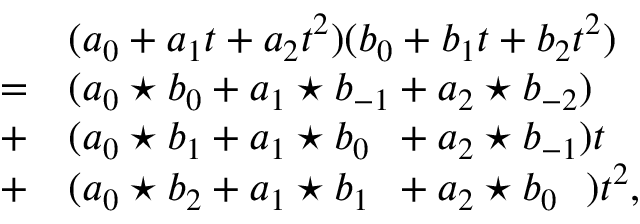
\begin{array} { l l } & { ( a _ { 0 } + a _ { 1 } t + a _ { 2 } t ^ { 2 } ) ( b _ { 0 } + b _ { 1 } t + b _ { 2 } t ^ { 2 } ) } \\ { = } & { ( a _ { 0 } \star b _ { 0 } + a _ { 1 } \star b _ { - 1 } + a _ { 2 } \star b _ { - 2 } ) } \\ { + } & { ( a _ { 0 } \star b _ { 1 } + a _ { 1 } \star b _ { 0 \phantom { - } } + a _ { 2 } \star b _ { - 1 } ) t } \\ { + } & { ( a _ { 0 } \star b _ { 2 } + a _ { 1 } \star b _ { 1 \phantom { - } } + a _ { 2 } \star b _ { 0 } \phantom { - } ) t ^ { 2 } , } \end{array}